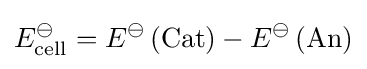
E_{\mathrm {cell} }^{\ominus }=E^{\ominus }\left(\mathrm {Cat} \right)-E^{\ominus }\left(\mathrm {An} \right)